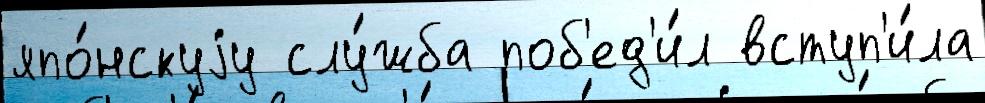
япо́нскуjу слу́жба поб'ед'и́л вступ'и́ла